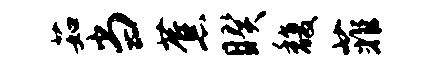
茹当蕉睽馥菲